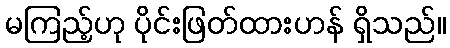
မကြည့်ဟု ပိုင်းဖြတ်ထားဟန် ရှိသည်။